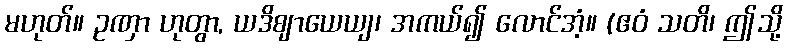
မဟုတ်။ ဥဏှာ ဟုတွာ, ယဒိဈာယေယျ၊ အကယ်၍ လောင်အံ့။ (ဧဝံ သတိ၊ ဤသို့